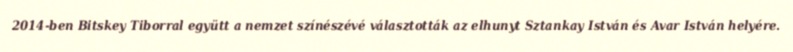
2014-ben Bitskey Tiborral együtt a nemzet színészévé választották az elhunyt Sztankay István és Avar István helyére.